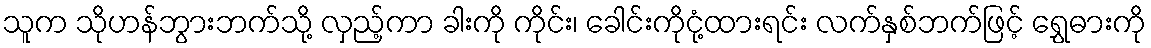
သူက သိုဟန်ဘွားဘက်သို့ လှည့်ကာ ခါးကို ကိုင်း၊ ခေါင်းကိုငုံ့ထားရင်း လက်နှစ်ဘက်ဖြင့် ရွှေဓားကို